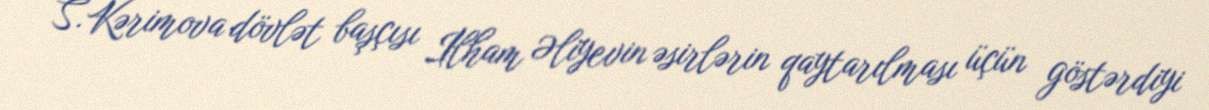
S.Kərimova dövlət başçısı İlham Əliyevin əsirlərin qaytarılması üçün göstərdiyi